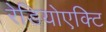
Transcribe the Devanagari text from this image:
रेडियोएक्टि